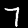
Digit: 7